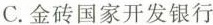
C.金砖国家开发银行